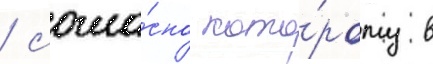
/ согла́сно кото́рому в